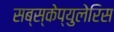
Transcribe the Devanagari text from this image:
सब्स्केप्युलेरिस